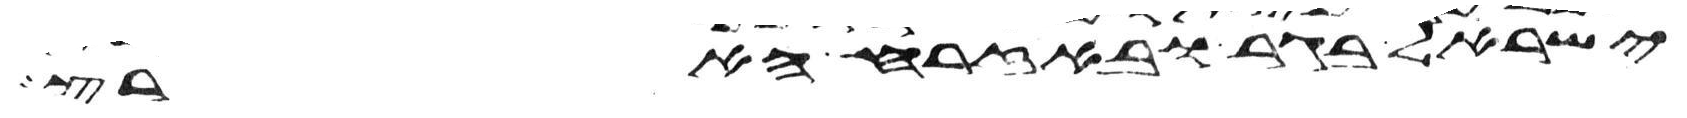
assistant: ישראל בגר ובאזרח הארץ